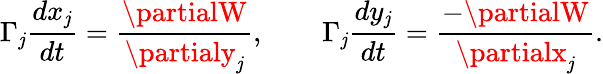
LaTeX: \Gamma_{\mathit{j}}\frac{{dx_{\mathit{j}}}}{{dt}}=\frac{{\partialW}}{{\partialy_{\mathit{j}}}},\qquad\Gamma_{\mathit{j}}\frac{{dy_{\mathit{j}}}}{{dt}}=\frac{{-\partialW}}{{\partialx_{\mathit{j}}}}.